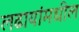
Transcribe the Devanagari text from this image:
लढायांमधील